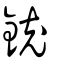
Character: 銃